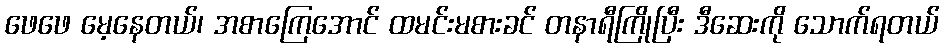
ဖေဖေ မေ့နေတယ်၊ အစာကြေအောင် ထမင်းမစားခင် တနာရီကြိုပြီး ဒီဆေးကို သောက်ရတယ်